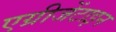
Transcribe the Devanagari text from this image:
एग्रीजेंटाइन